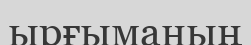
ырғыманың